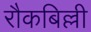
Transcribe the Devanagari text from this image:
रौकबिल्ली